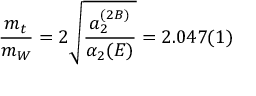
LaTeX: \frac { m _ { t } } { m _ { W } } = 2 \sqrt { \frac { a _ { 2 } ^ { ( 2 B ) } } { \alpha _ { 2 } ( E ) } } = 2 . 0 4 7 ( 1 )